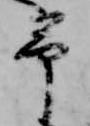
予